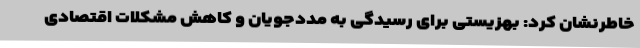
خاطرنشان کرد: بهزیستی برای رسیدگی به مددجویان و کاهش مشکلات اقتصادی